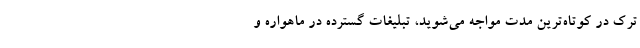
ترک در کوتاه‌ترین مدت مواجه می‌شوید، تبلیغات گسترده‌ در ماهواره‌ و